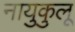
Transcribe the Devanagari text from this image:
नायुकुलू